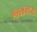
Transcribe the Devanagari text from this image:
१७७४मध्ये